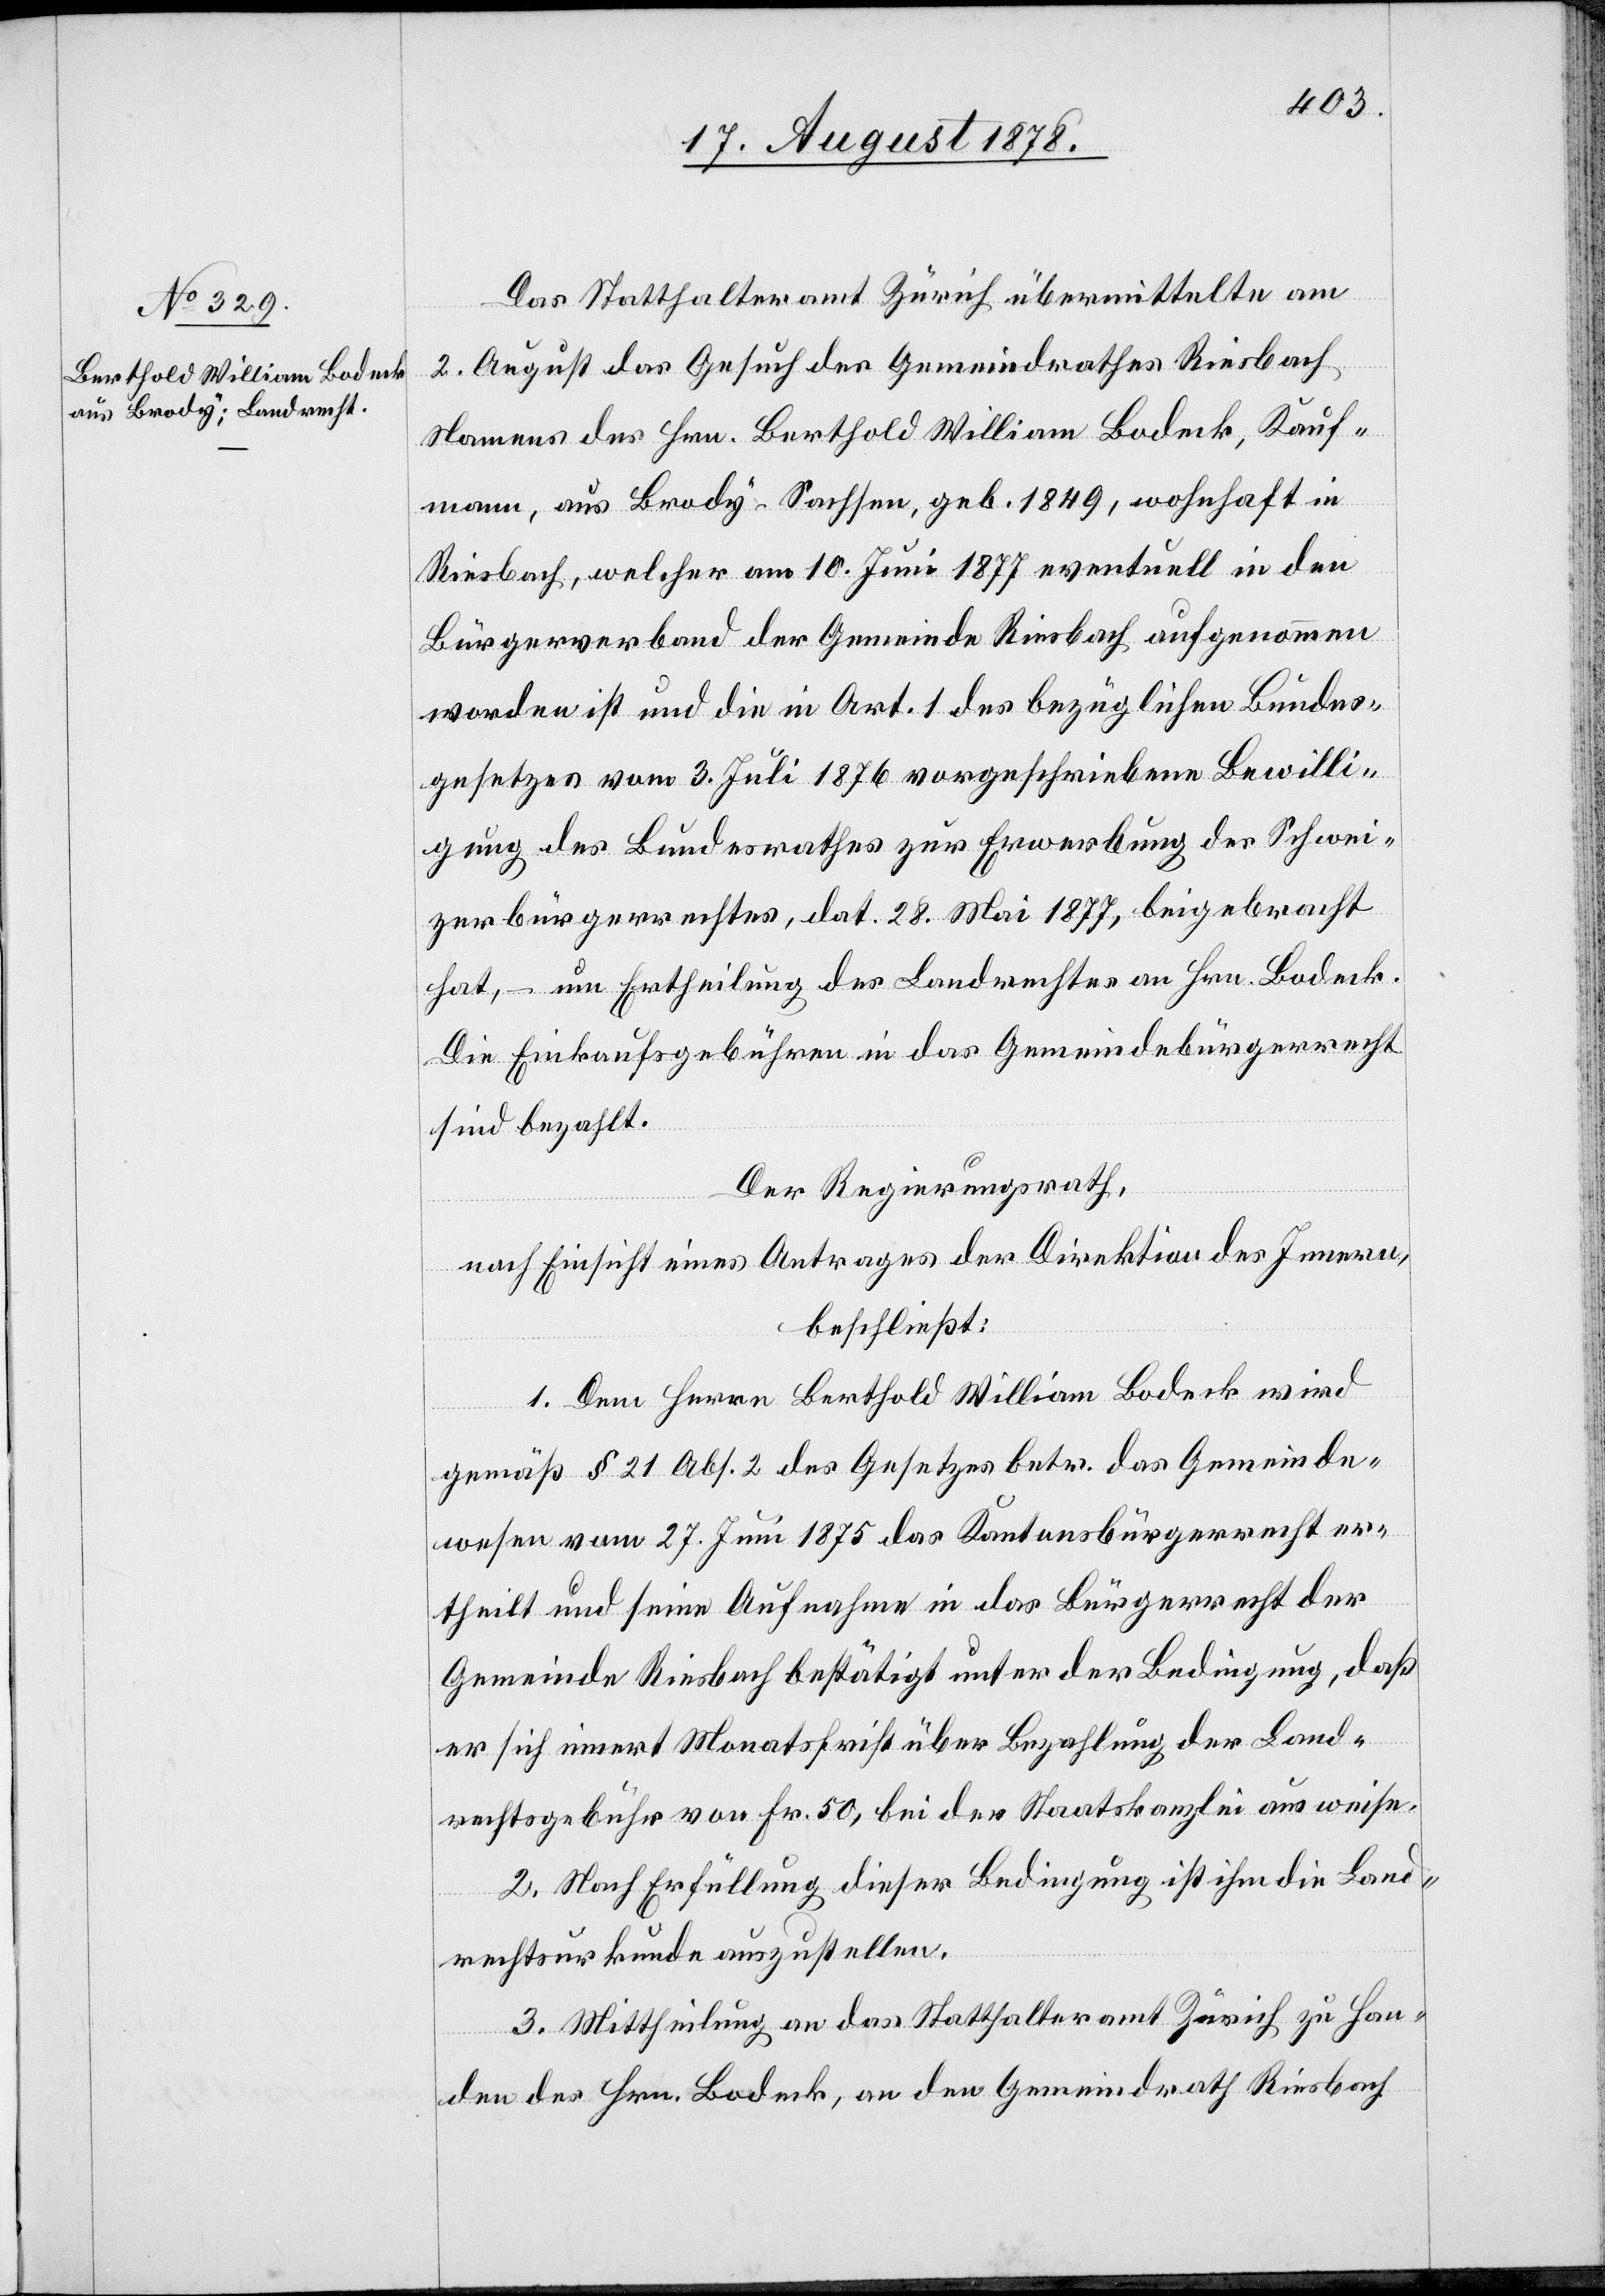
Das Statthalteramt Zürich übermittelte am
2. August das Gesuch des Gemeindrathes Riesbach
Namens des Hrn. Berthold William Bodeck, Kauf¬
mann, aus Brody - Sachsen, wohnhaft in Riesbach, welcher am
Bürgerverband der Gemeinde Riesbach aufgenommen
worden ist und die in Art. 1 des bezüglichen Bundes¬
gesetzes vom 3. Juli 1876 vorgeschriebene Bewilli¬
gung des Bundesrathes zur Erwerbung des Schwei¬
zerbürgerrechts, dat. 28. Mai 1877, beigebracht
hat, – um Ertheilung des Landrechtes an Hrn. Bodeck.
Die Einkaufsgebühren in das Gemeindebürgerrecht
sind bezahlt.
Der Regierungsrath,
nach Einsicht eines Antrages der Direktion des Innern,
beschließt:
1. Dem Herrn Berthold William Bodeck wird
gemäß § 21 Abs. 2 des Gesetzes betr. das Gemeinde¬
wesen vom 27. Juni 1875 das Kantonsbürgerrecht er¬
theilt und seine Aufnahme in das Bürgerrecht der
Gemeinde Riesbach bestätigt unter der Bedingung, daß
er sich innert Monatsfrist über Bezahlung der Eink¬
2. Nach Erfüllung dieser Bedingung ist ihm die Land¬
der
rechtsurkunde auszustellen.
3. Mittheilung an das Statthalteramt Zürich zu Han¬
von
den des Hrn. Bodeck, an den Gemeindrath Riesbach